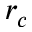
r _ { c }